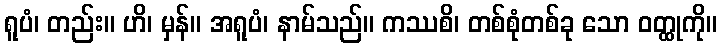
ရူပံ၊ တည်း။ ဟိ၊ မှန်။ အရူပံ၊ နာမ်သည်။ ကဿစိ၊ တစ်စုံတစ်ခု သော ဝတ္ထုကို။